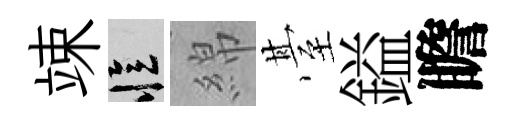
竦忆綿䑓鎰瞻